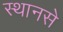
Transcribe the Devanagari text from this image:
स्थानसे